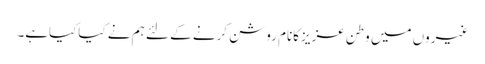
غیروں میں وطن عزیزکانام روشن کرنے کے لئے ہم نے کیاکیاہے۔